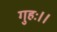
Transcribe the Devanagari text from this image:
गुहः।।